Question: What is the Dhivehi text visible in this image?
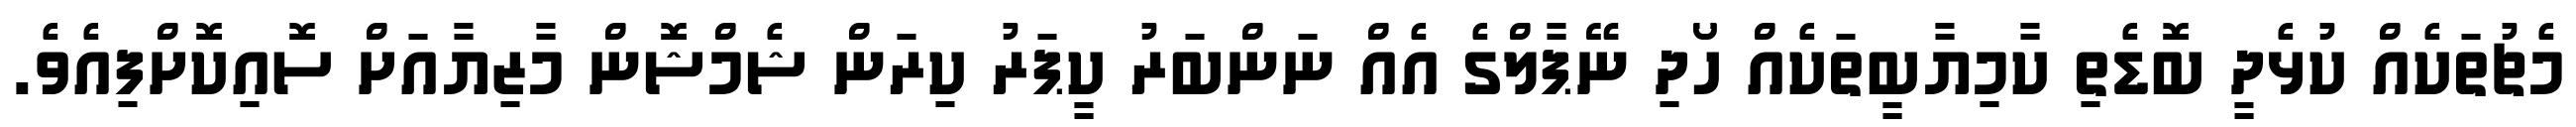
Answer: މެޗުތަކެއް ކުޅެދީ ބޮޑެތި ކާމިޔާބީތަކެއް ހޯދި ނޭޕާލްގެ އެއް ނަންބަރު ކީޕަރު ކިރަން ޝެމްޝޮން މާޒިޔާއަށް ސޮއިކޮށްފިއެވެ.